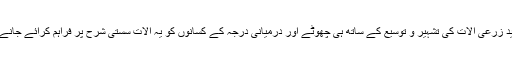
اس کا مقابلہ کرنے کے لیے جدید زرعی آلات کی تشہیر و توسیع کے ساتھ ہی چھوٹے اور درمیانی درجہ کے کسانوں کو یہ آلات سستی شرح پر فراہم کرائے جانے چاہیے تھے، لیکن ایسا نہیں ہوا۔